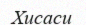
Хисаси